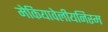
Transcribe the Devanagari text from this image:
मेकियावेलीयनिस्म